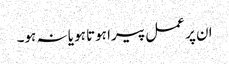
ان پر عمل پیرا ہوتا ہو یا نہ ہو۔